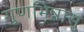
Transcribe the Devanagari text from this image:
गुणभिन्नासु